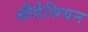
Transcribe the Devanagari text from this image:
औडेसियन